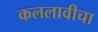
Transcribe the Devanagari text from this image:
कललावीचा